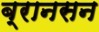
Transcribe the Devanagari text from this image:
ब्रानसन